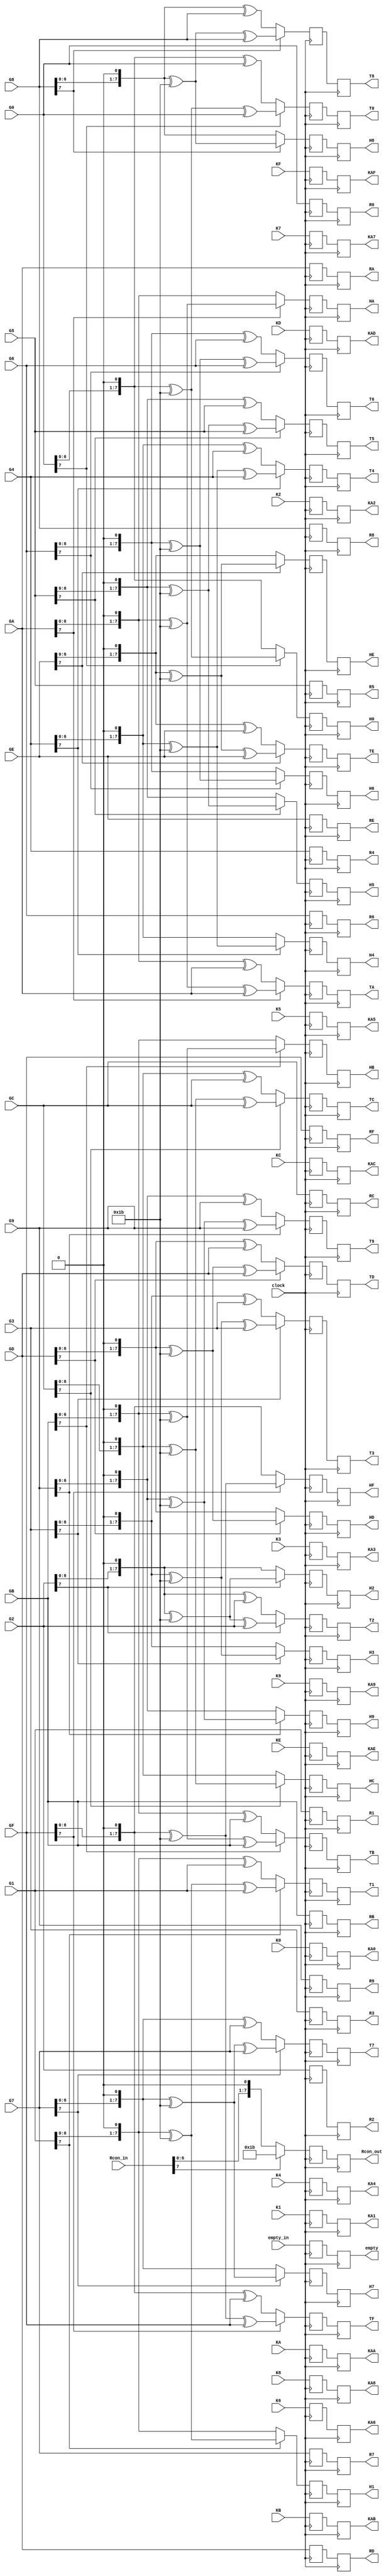
`timescale 1ns / 1ps
//////////////////////////////////////////////////////////////////////////////////
// Company: 
// Engineer: 
// 
// Design Name: 
// Module Name: MixColumnsA
// Project Name: 
// Target Devices: 
// Tool Versions: 
// Description: 
// 
// Dependencies: 
// 
// Revision:
// Revision 0.01 - File Created
// Additional Comments:
// 
//////////////////////////////////////////////////////////////////////////////////


module MixColumnsA(input [7:0] G0,G1,G2,G3,G4,G5,G6,
    G7,G8,G9,GA,GB,GC,GD,GE,GF,Rcon_in,
    input empty_in,clock,
    input  [7:0] K0,K1,K2,K3,K4,K5,K6,K7,K8,K9,KA,KB,KC,KD,KE,KF,
    output reg [7:0] R0,R1,R2,R3,R4,R5,R6,R7,R8,R9,RA,RB,RC,RD,RE,RF,
    output reg [7:0] H0,H1,H2,H3,H4,H5,H6,H7,H8,H9,HA,HB,HC,HD,HE,HF,
    output reg [7:0] T0,T1,T2,T3,T4,T5,T6,T7,T8,T9,TA,TB,TC,TD,TE,TF,Rcon_out,
    output reg [7:0] KA0,KA1,KA2,KA3,KA4,KA5,KA6,KA7,KA8,KA9,KAA,KAB,KAC,KAD,KAE,KAF,
    output reg empty);
    reg [7:0] H0_,H1_,H2_,H3_,H4_,H5_,H6_,H7_,H8_,H9_,HA_,HB_,HC_,HD_,HE_,HF_,
    T0_,T1_,T2_,T3_,T4_,T5_,T6_,T7_,T8_,T9_,TA_,TB_,TC_,TD_,TE_,TF_,
    KA0_,KA1_,KA2_,KA3_,KA4_,KA5_,KA6_,KA7_,KA8_,KA9_,KAA_,KAB_,KAC_,KAD_,KAE_,KAF_,
    R0_,R1_,R2_,R3_,R4_,R5_,R6_,R7_,R8_,R9_,RA_,RB_,RC_,RD_,RE_,RF_;
    reg empty_;
    reg [7:0]Rcon_out_;
    parameter k=8'b00011011;
    always@(posedge clock)
    begin
    H0_<=G0[7]==1?{G0<<1}^k:{G0<<1};
    H1_<=G1[7]==1?{G1<<1}^k:{G1<<1};
    H2_<=G2[7]==1?{G2<<1}^k:{G2<<1};
    H3_<=G3[7]==1?{G3<<1}^k:{G3<<1};
    H4_<=G4[7]==1?{G4<<1}^k:{G4<<1};
    H5_<=G5[7]==1?{G5<<1}^k:{G5<<1};
    H6_<=G6[7]==1?{G6<<1}^k:{G6<<1};
    H7_<=G7[7]==1?{G7<<1}^k:{G7<<1};
    H8_<=G8[7]==1?{G8<<1}^k:{G8<<1};
    H9_<=G9[7]==1?{G9<<1}^k:{G9<<1};
    HA_<=GA[7]==1?{GA<<1}^k:{GA<<1};
    HB_<=GB[7]==1?{GB<<1}^k:{GB<<1};
    HC_<=GC[7]==1?{GC<<1}^k:{GC<<1};
    HD_<=GD[7]==1?{GD<<1}^k:{GD<<1};
    HE_<=GE[7]==1?{GE<<1}^k:{GE<<1};
    HF_<=GF[7]==1?{GF<<1}^k:{GF<<1};
    T0_<=G0[7]==1?{G0<<1}^k^G0:{G0<<1}^G0;
    T1_<=G1[7]==1?{G1<<1}^k^G1:{G1<<1}^G1;
    T2_<=G2[7]==1?{G2<<1}^k^G2:{G2<<1}^G2;
    T3_<=G3[7]==1?{G3<<1}^k^G3:{G3<<1}^G3;
    T4_<=G4[7]==1?{G4<<1}^k^G4:{G4<<1}^G4;
    T5_<=G5[7]==1?{G5<<1}^k^G5:{G5<<1}^G5;
    T6_<=G6[7]==1?{G6<<1}^k^G6:{G6<<1}^G6;
    T7_<=G7[7]==1?{G7<<1}^k^G7:{G7<<1}^G7;
    T8_<=G8[7]==1?{G8<<1}^k^G8:{G8<<1}^G8;
    T9_<=G9[7]==1?{G9<<1}^k^G9:{G9<<1}^G9;
    TA_<=GA[7]==1?{GA<<1}^k^GA:{GA<<1}^GA;
    TB_<=GB[7]==1?{GB<<1}^k^GB:{GB<<1}^GB;
    TC_<=GC[7]==1?{GC<<1}^k^GC:{GC<<1}^GC;
    TD_<=GD[7]==1?{GD<<1}^k^GD:{GD<<1}^GD;
    TE_<=GE[7]==1?{GE<<1}^k^GE:{GE<<1}^GE;
    TF_<=GF[7]==1?{GF<<1}^k^GF:{GF<<1}^GF;
    KA0_<=K0;
    KA1_<=K1;
    KA2_<=K2;
    KA3_<=K3;
    KA4_<=K4;
    KA5_<=K5;
    KA6_<=K6;
    KA7_<=K7;
    KA8_<=K8;
    KA9_<=K9;
    KAA_<=KA;
    KAB_<=KB;
    KAC_<=KC;
    KAD_<=KD;
    KAE_<=KE;
    KAF_<=KF;
    R0_<=G0;
    R1_<=G1;
    R2_<=G2;
    R3_<=G3;
    R4_<=G4;
    R5_<=G5;
    R6_<=G6;
    R7_<=G7;
    R8_<=G8;
    R9_<=G9;
    RA_<=GA;
    RB_<=GB;
    RC_<=GC;
    RD_<=GD;
    RE_<=GE;
    RF_<=GF;
    empty_<=empty_in;
    Rcon_out_<=Rcon_in[7]==1?8'h1b:{Rcon_in<<1};
    end
    always@(posedge clock)
    begin
    H0<=H0_;
    H1<=H1_;
    H2<=H2_;
    H3<=H3_;
    H4<=H4_;
    H5<=H5_;
    H6<=H6_;
    H7<=H7_;
    H8<=H8_;
    H9<=H9_;
    HA<=HA_;
    HB<=HB_;
    HC<=HC_;
    HD<=HD_;
    HE<=HE_;
    HF<=HF_;
    T0<=T0_;
    T1<=T1_;
    T2<=T2_;
    T3<=T3_;
    T4<=T4_;
    T5<=T5_;
    T6<=T6_;
    T7<=T7_;
    T8<=T8_;
    T9<=T9_;
    TA<=TA_;
    TB<=TB_;
    TC<=TC_;
    TD<=TD_;
    TE<=TE_;
    TF<=TF_;
    R0<=R0_;
    R1<=R1_;
    R2<=R2_;
    R3<=R3_;
    R4<=R4_;
    R5<=R5_;
    R6<=R6_;
    R7<=R7_;
    R8<=R8_;
    R9<=R9_;
    RA<=RA_;
    RB<=RB_;
    RC<=RC_;
    RD<=RD_;
    RE<=RE_;
    RF<=RF_;
    KA0<=KA0_;
    KA1<=KA1_;
    KA2<=KA2_;
    KA3<=KA3_;
    KA4<=KA4_;
    KA5<=KA5_;
    KA6<=KA6_;
    KA7<=KA7_;
    KA8<=KA8_;
    KA9<=KA9_;
    KAA<=KAA_;   
    KAB<=KAB_;  
    KAC<=KAC_;
    KAD<=KAD_;
    KAE<=KAE_;
    KAF<=KAF_;
    empty<=empty_;
    Rcon_out<=Rcon_out_;
    end
endmodule